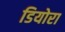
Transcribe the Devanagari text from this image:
डियोरा